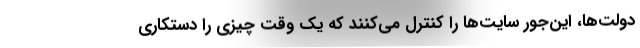
دولت‌ها، این‌جور سایت‌ها را کنترل می‌کنند که یک وقت چیزی را دستکاری